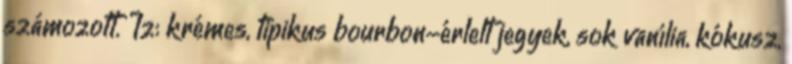
számozott. Íz: krémes, tipikus bourbon-érlelt jegyek, sok vanília, kókusz,